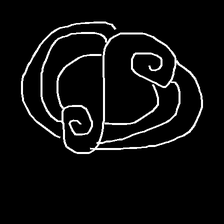
Glyph: wind-underfoot